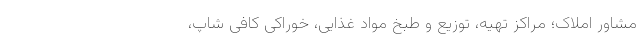
مشاور املاک؛ مراکز تهیه، توزیع و طبخ مواد غذایی، خوراکی کافی شاپ،